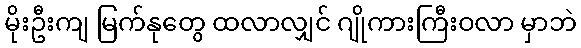
မိုးဦးကျ မြက်နုတွေ ထလာလျှင် ဂျိုကားကြီးဝလာ မှာဘဲ